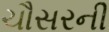
ચૌસરની